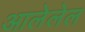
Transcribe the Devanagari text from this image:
आलेलेल